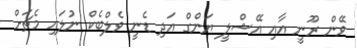
ވޭން ރޫނީ އާއި އޭޝްލީ ޔަންގް އަދި ޑެނީ ވެލްބެކް ނުލައި މެޗަށް